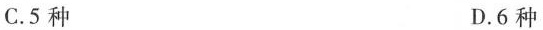
C.5种 D.6种